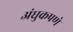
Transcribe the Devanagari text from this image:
अंधुकपणे